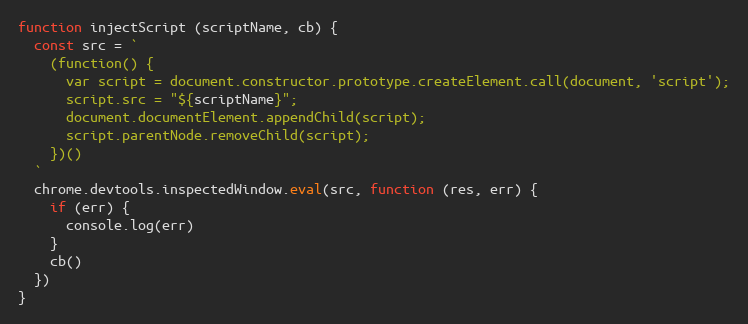
Language: JavaScript
function injectScript (scriptName, cb) {
  const src = `
    (function() {
      var script = document.constructor.prototype.createElement.call(document, 'script');
      script.src = "${scriptName}";
      document.documentElement.appendChild(script);
      script.parentNode.removeChild(script);
    })()
  `
  chrome.devtools.inspectedWindow.eval(src, function (res, err) {
    if (err) {
      console.log(err)
    }
    cb()
  })
}